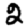
Digit: 2